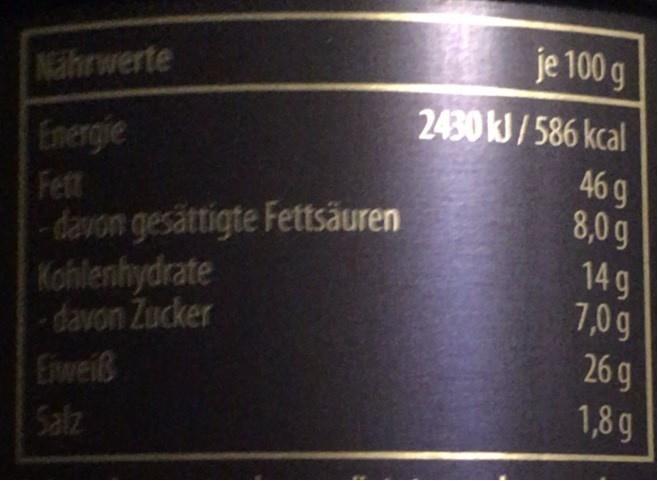
je 100 g
Nihrwerte
2430 kJ/586 kcal
Energie
Fett -davon gesättigte Fettsäuren Kohlenhydrate -davon Zucker
46g 8,0g 14 g 7,0 g
26 g 1,8g
Eweiß
Salz